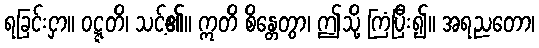
ရခြင်းငှာ။ ဝဋ္ဋတိ၊ သင့်၏။ ဣတိ စိန္တေတွာ၊ ဤသို့ ကြံပြီး၍။ အရညတော၊